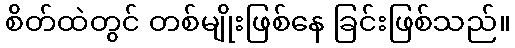
စိတ်ထဲတွင် တစ်မျိုးဖြစ်နေ ခြင်းဖြစ်သည်။